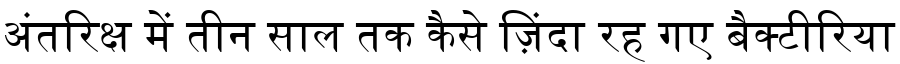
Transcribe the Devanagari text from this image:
अंतरिक्ष में तीन साल तक कैसे ज़िंदा रह गए बैक्टीरिया